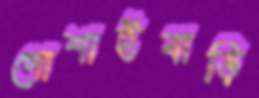
গোশাইবাড়ি